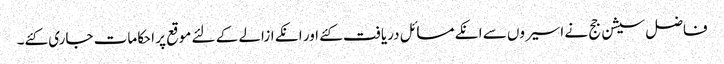
فاضل سیشن جج نے اسیروں سے انکے مسائل دریافت کئے اور انکے ازالے کے لئے موقع پر احکامات جاری کئے۔